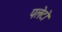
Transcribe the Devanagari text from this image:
पलेटो